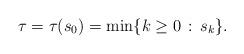
LaTeX: \begin{align*} \tau = \tau(s_0) = \min \{k \geq 0 \,:\, s_k \}. \end{align*}